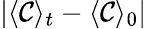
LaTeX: \vert\langle\mathcal{C}\rangle_{t}-\langle\mathcal{C}\rangle_{0}\vert